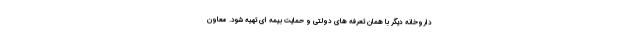
داروخانه دیگر با همان تعرفه های دولتی و حمایت بیمه ای تهیه شود. معاون